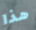
هذا